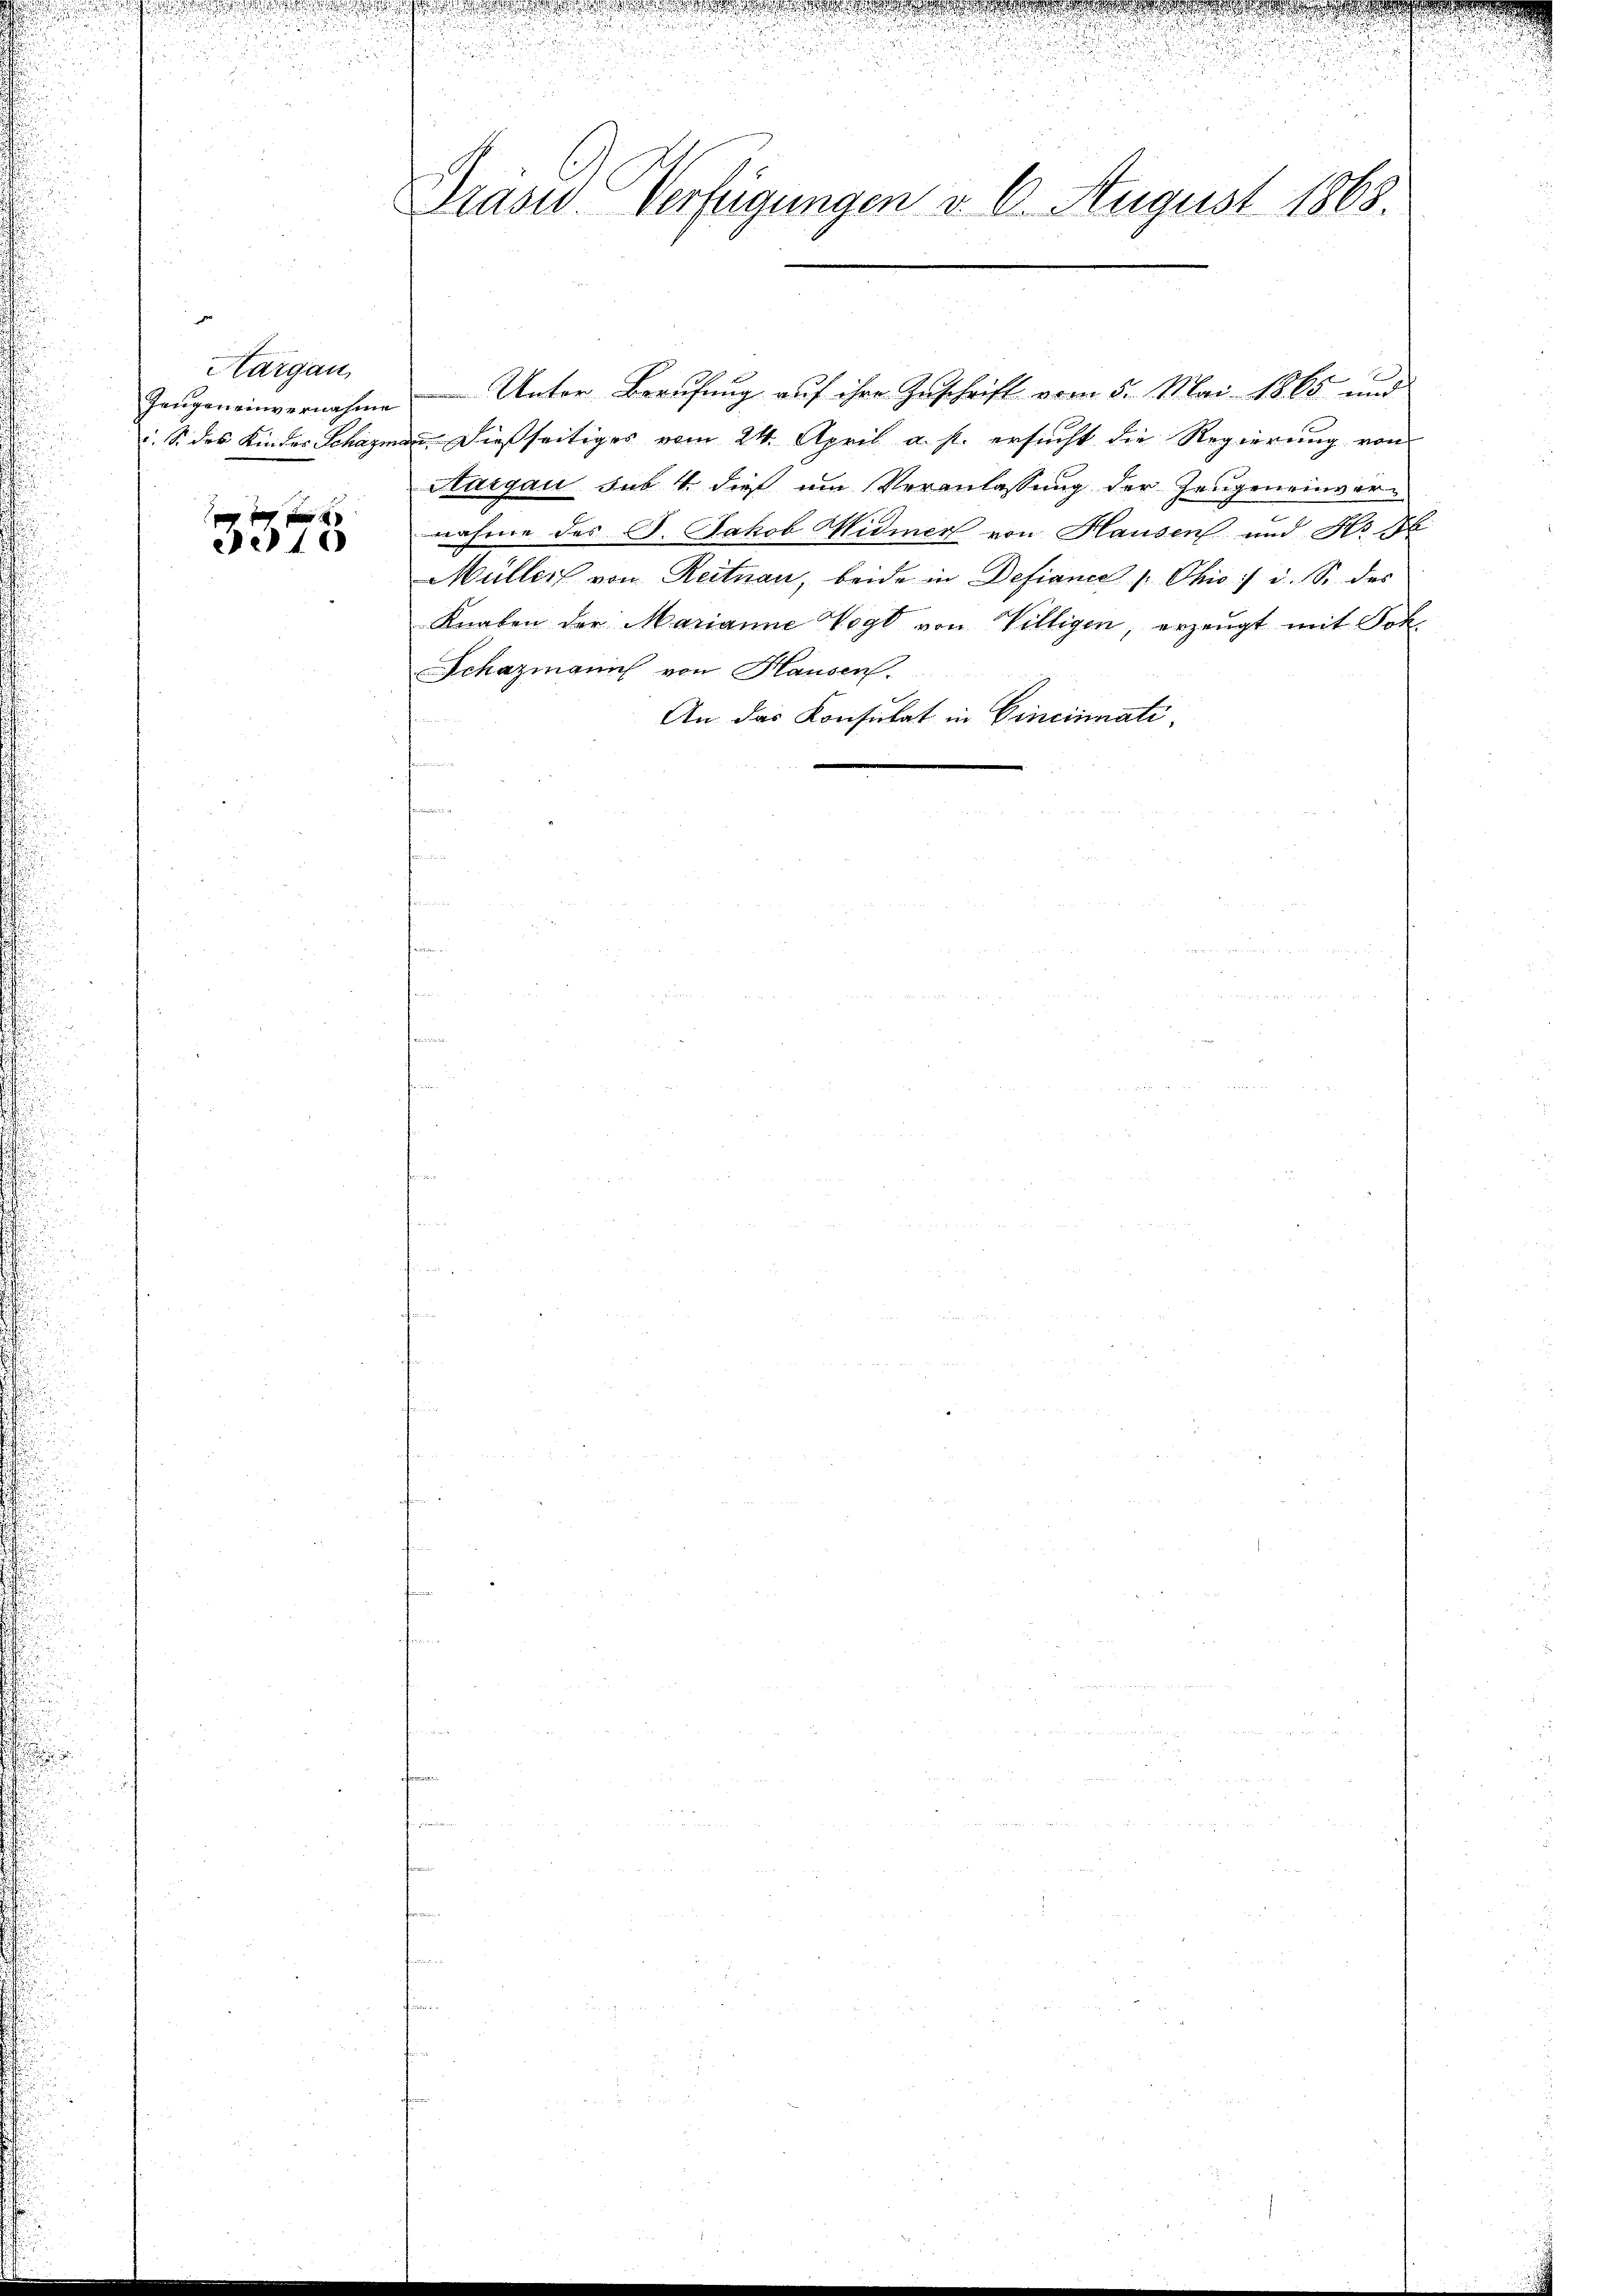
d
Hargau,
Zeugen einvernahme
i. S. des Kindes Schazn

f
e10

Präsid. Verfügungen v. 6. August 1868.

Unter Berufung auf ihre Zuschrift vom 5. Mai 1865 und
n dießseitiges vom 24. April a. p. ersucht die Regierung von
Sargau sub 4. dieß um Veranlassung der Zeugeneinvernahme des J. Jakob Widmer von Hausen und Hr. S
Müller von Reitnau, beide in Defiances, Ohio / i. S. des
Knaben der Marianne Vogt von Villigen, erzeugt mit Got
Schazmann von Hausen.
An das Konsulat in Cincinatin